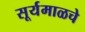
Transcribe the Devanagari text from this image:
सूर्यमाळचे